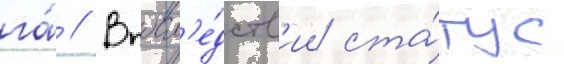
га́ // Впосл'е́дств'ии ста́тус